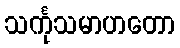
သင်္ကုသမာဟတော